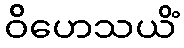
ဝိဟေသယိံ